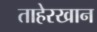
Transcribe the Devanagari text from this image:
ताहेरखान